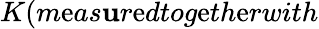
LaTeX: K(m\mathrm{e}as\mathbf{u}r\mathrm{e}dtog\mathrm{e}th\mathrm{e}rwith